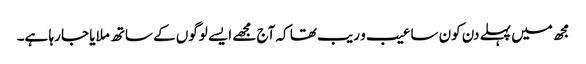
مجھ میں پہلے دن کون سا عیب و ریب تھا کہ آج مجھے ایسے لوگوں کے ساتھ ملایا جا رہا ہے۔